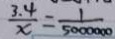
\frac { 3 . 4 } { x } = \frac { 1 } { 5 0 0 0 0 0 0 }